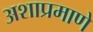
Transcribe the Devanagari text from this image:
अशाप्रमाणे